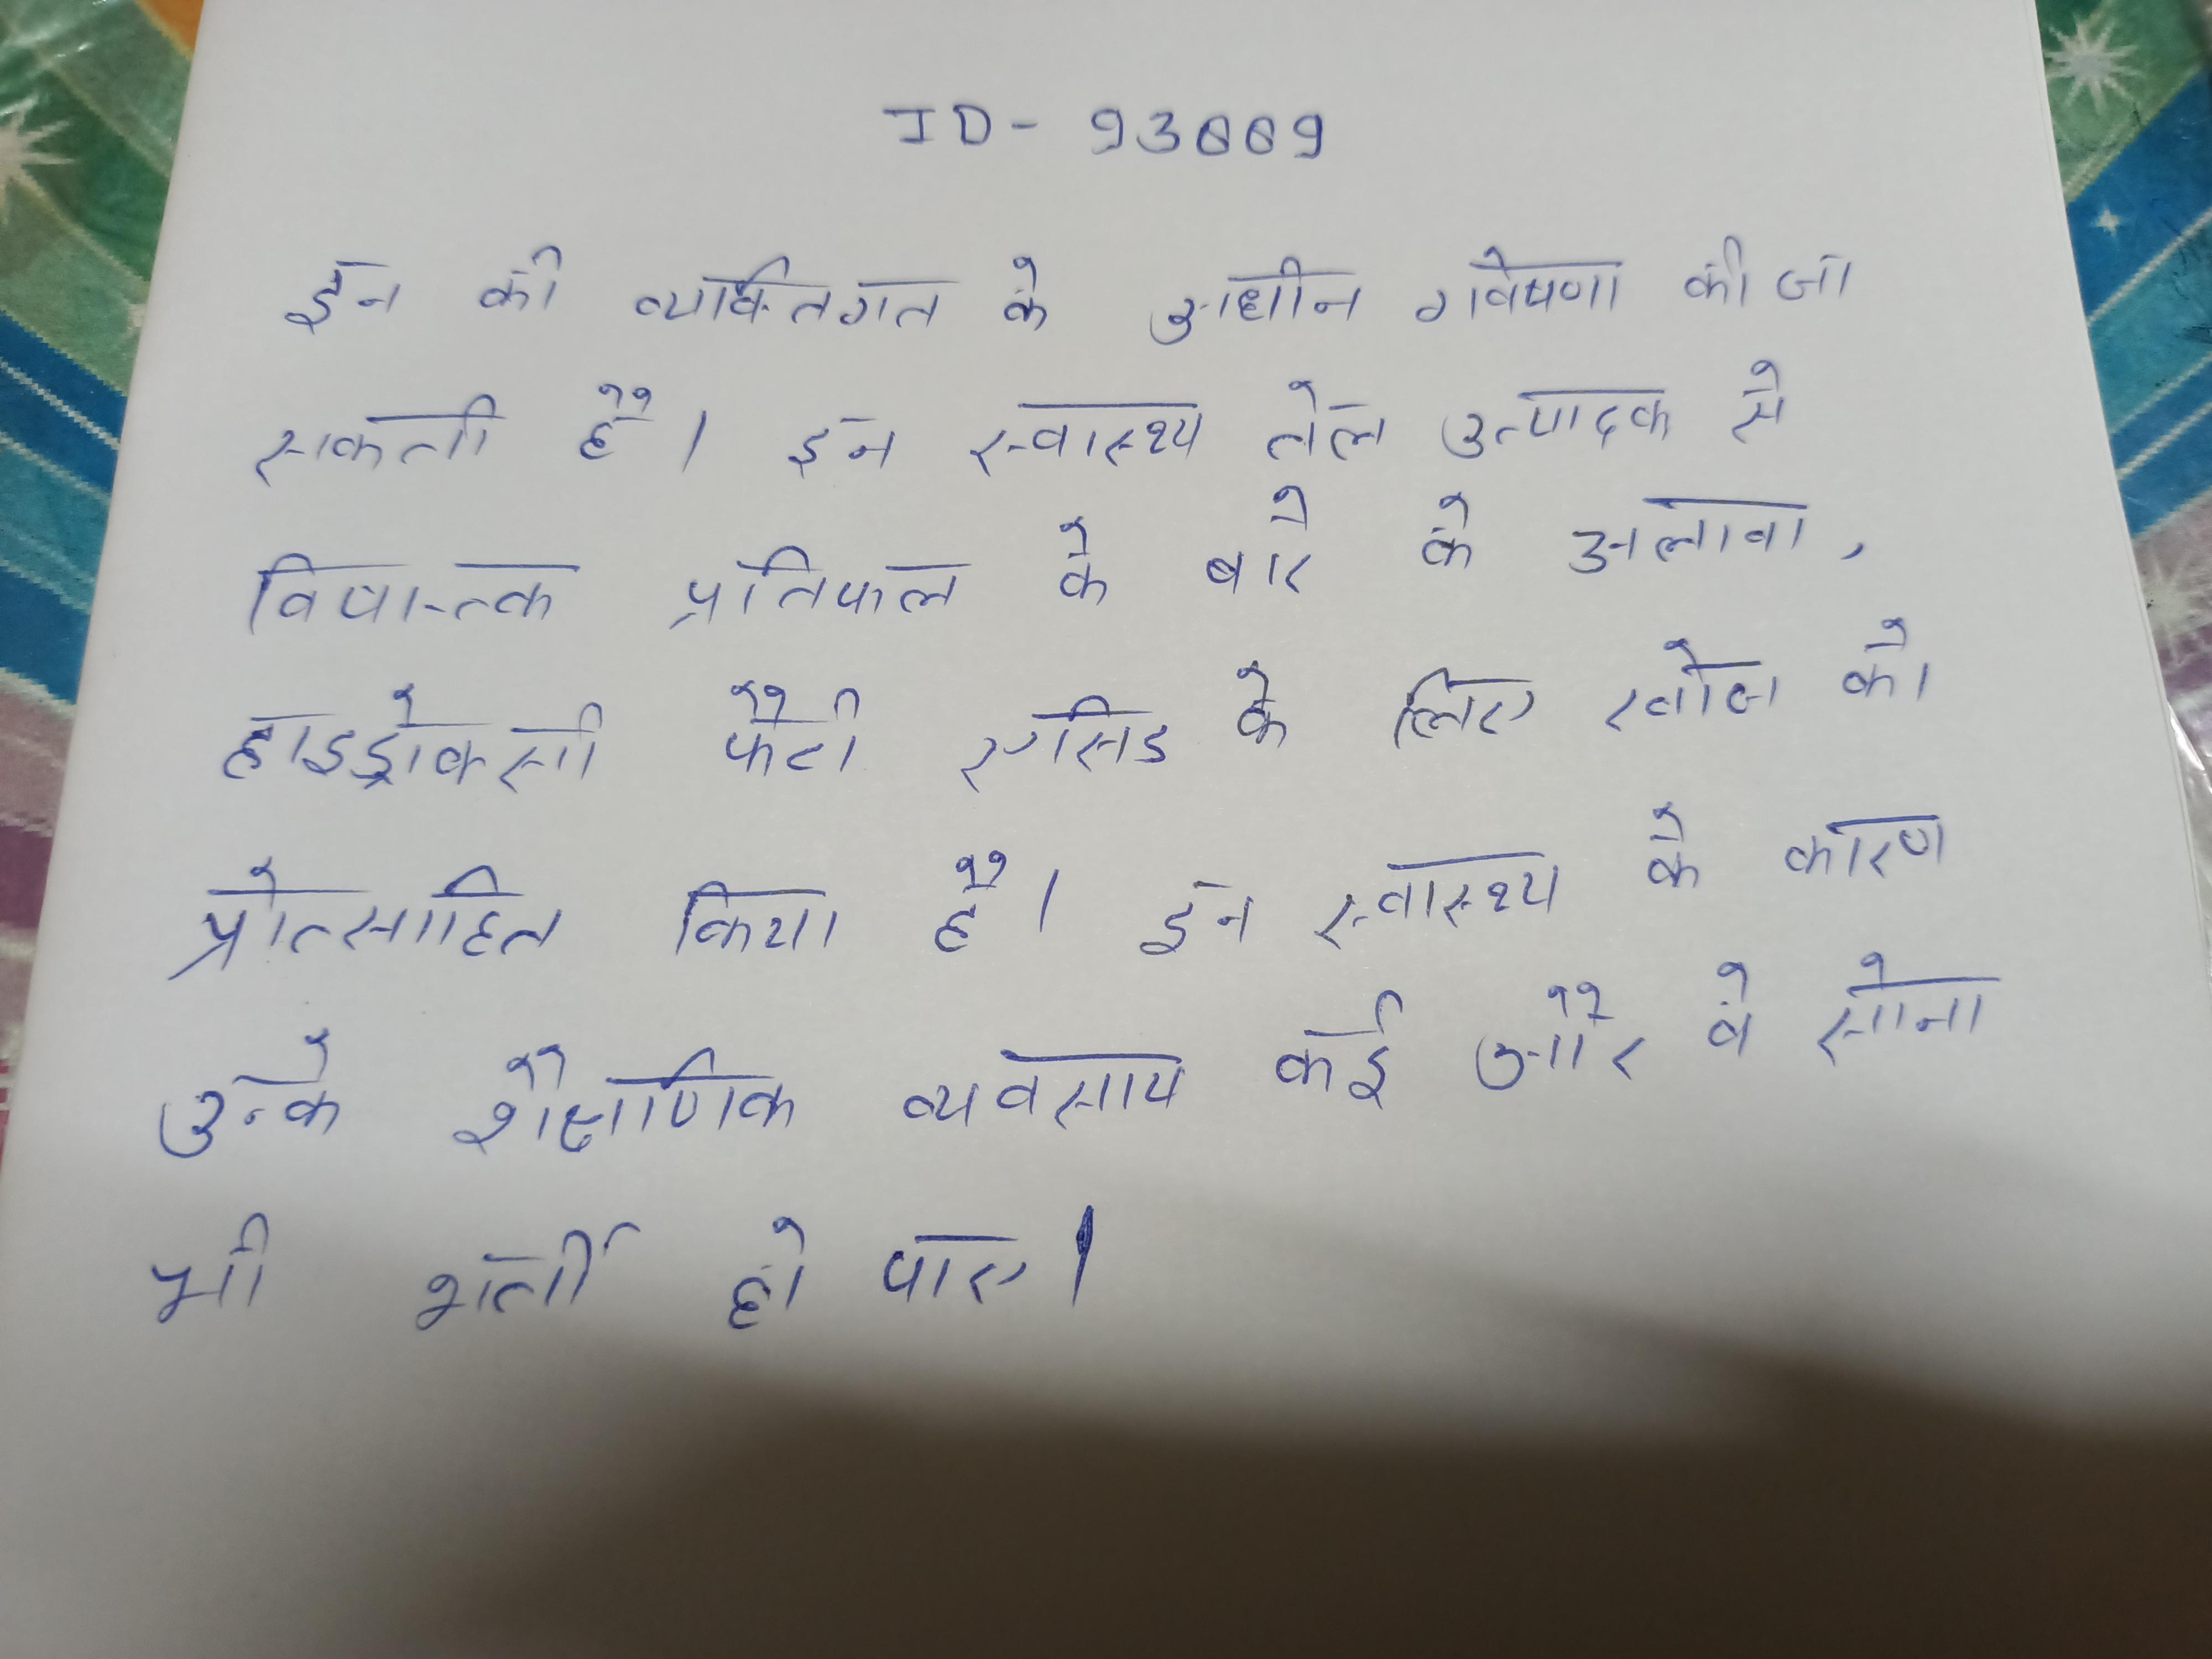
इन की व्यक्तिगत के के अधीन गवेषणा की जा सकती है । इन स्वास्थ्य तेल उत्पादन से विषाक्त प्रतिफल के बारे के अलावा, हाइड्रोक्सी फैटी एसिड के लिए वैकल्पिक के लिए खोज को प्रोत्साहित किया है । इन स्वास्थ्य के कारण उन्के शैक्षणिक व्यवसाय कई और वे के सेना भी भर्ती हो पाय ।